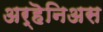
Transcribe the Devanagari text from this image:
अर्हॆनिअस